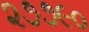
૨૭૭૯૦